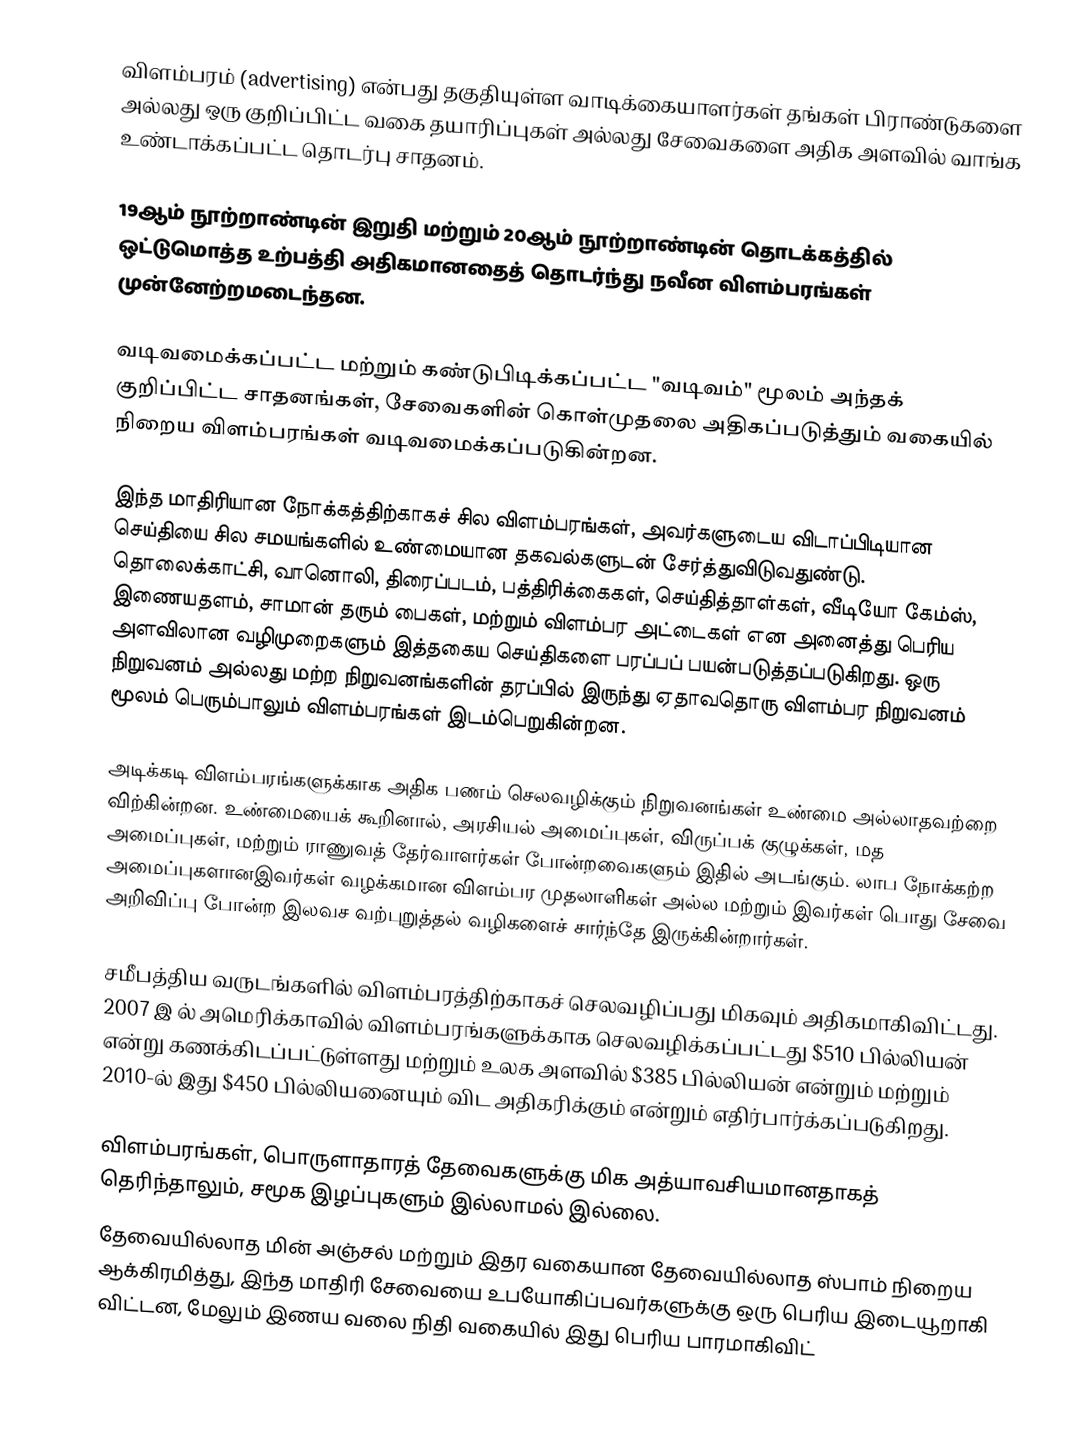
விளம்பரம் (advertising) என்பது தகுதியுள்ள வாடிக்கையாளர்கள் தங்கள் பிராண்டுகளை அல்லது ஒரு குறிப்பிட்ட வகை தயாரிப்புகள் அல்லது சேவைகளை அதிக அளவில் வாங்க உண்டாக்கப்பட்ட தொடர்பு சாதனம்.

19ஆம் நூற்றாண்டின் இறுதி மற்றும் 20ஆம் நூற்றாண்டின் தொடக்கத்தில் ஒட்டுமொத்த உற்பத்தி அதிகமானதைத் தொடர்ந்து நவீன விளம்பரங்கள் முன்னேற்றமடைந்தன.

வடிவமைக்கப்பட்ட மற்றும் கண்டுபிடிக்கப்பட்ட "வடிவம்" மூலம் அந்தக் குறிப்பிட்ட சாதனங்கள், சேவைகளின் கொள்முதலை அதிகப்படுத்தும் வகையில் நிறைய விளம்பரங்கள் வடிவமைக்கப்படுகின்றன.

இந்த மாதிரியான நோக்கத்திற்காகச் சில விளம்பரங்கள், அவர்களுடைய விடாப்பிடியான செய்தியை சில சமயங்களில் உண்மையான தகவல்களுடன் சேர்த்துவிடுவதுண்டு. தொலைக்காட்சி, வானொலி, திரைப்படம், பத்திரிக்கைகள், செய்தித்தாள்கள், வீடியோ கேம்ஸ், இணையதளம், சாமான் தரும் பைகள், மற்றும் விளம்பர அட்டைகள் என அனைத்து பெரிய அளவிலான வழிமுறைகளும் இத்தகைய செய்திகளை பரப்பப் பயன்படுத்தப்படுகிறது. ஒரு நிறுவனம் அல்லது மற்ற நிறுவனங்களின் தரப்பில் இருந்து ஏதாவதொரு விளம்பர நிறுவனம் மூலம் பெரும்பாலும் விளம்பரங்கள் இடம்பெறுகின்றன.

அடிக்கடி விளம்பரங்களுக்காக அதிக பணம் செலவழிக்கும் நிறுவனங்கள் உண்மை அல்லாதவற்றை விற்கின்றன. உண்மையைக் கூறினால், அரசியல் அமைப்புகள், விருப்பக் குழுக்கள், மத அமைப்புகள், மற்றும் ராணுவத் தேர்வாளர்கள் போன்றவைகளும் இதில் அடங்கும். லாப நோக்கற்ற அமைப்புகளானஇவர்கள் வழக்கமான விளம்பர முதலாளிகள் அல்ல மற்றும் இவர்கள் பொது சேவை அறிவிப்பு போன்ற இலவச வற்புறுத்தல் வழிகளைச் சார்ந்தே இருக்கின்றார்கள்.

சமீபத்திய வருடங்களில் விளம்பரத்திற்காகச் செலவழிப்பது மிகவும் அதிகமாகிவிட்டது. 2007 இ ல் அமெரிக்காவில் விளம்பரங்களுக்காக செலவழிக்கப்பட்டது $510 பில்லியன் என்று கணக்கிடப்பட்டுள்ளது மற்றும் உலக அளவில் $385 பில்லியன் என்றும் மற்றும் 2010-ல் இது $450 பில்லியனையும் விட அதிகரிக்கும் என்றும் எதிர்பார்க்கப்படுகிறது.

விளம்பரங்கள், பொருளாதாரத் தேவைகளுக்கு மிக அத்யாவசியமானதாகத் தெரிந்தாலும், சமூக இழப்புகளும் இல்லாமல் இல்லை.
தேவையில்லாத மின் அஞ்சல் மற்றும் இதர வகையான தேவையில்லாத ஸ்பாம் நிறைய ஆக்கிரமித்து, இந்த மாதிரி சேவையை உபயோகிப்பவர்களுக்கு ஒரு பெரிய இடையூறாகி விட்டன, மேலும் இணய வலை நிதி வகையில் இது பெரிய பாரமாகிவிட்